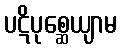
ပဋိပုစ္ဆေယျာမ